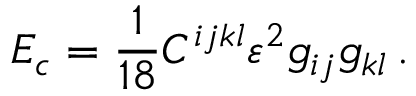
E _ { c } = \frac 1 { 1 8 } C ^ { i j k l } \varepsilon ^ { 2 } g _ { i j } g _ { k l } \, .